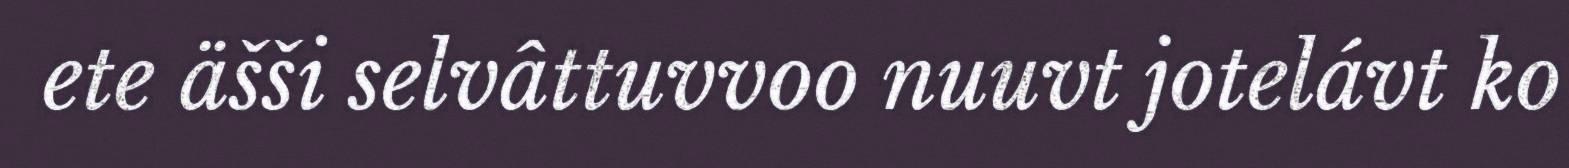
ete äšši selvâttuvvoo nuuvt jotelávt ko